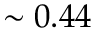
\sim 0 . 4 4